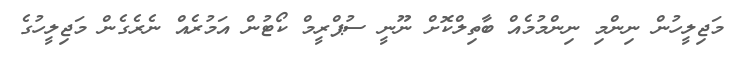
މަޖިލީހުން ނިންމި ނިންމުމެއް ބާތިލްކޮށް ނޫނީ ސުޕްރީމް ކޯޓުން އަމުރެއް ނެރެގެން މަޖިލީހުގެ